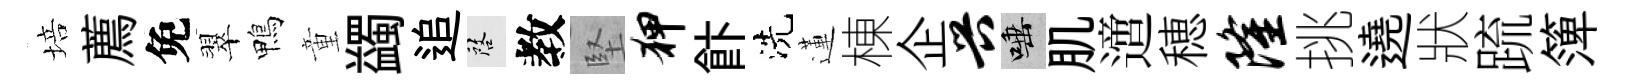
培薦免翠鴨童蠲追啓教堅狎飰洗蓮棟企兴唾肌𨗁穂隆挑遶狀䟽𥱼